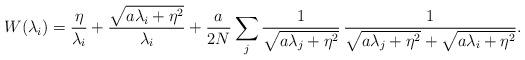
LaTeX: \begin{align*} W(\lambda _i)=\frac{\eta }{\lambda _i}+\frac{\sqrt{a\lambda _i+\eta ^2}}{\lambda _i} +\frac{a}{2N}\sum_{j}\frac{1}{\sqrt{a\lambda _j+\eta ^2}}\, \frac{1}{\sqrt{a\lambda _j+\eta ^2}+\sqrt{\vphantom{\lambda _j}a\lambda _i+\eta ^2}}.\end{align*}